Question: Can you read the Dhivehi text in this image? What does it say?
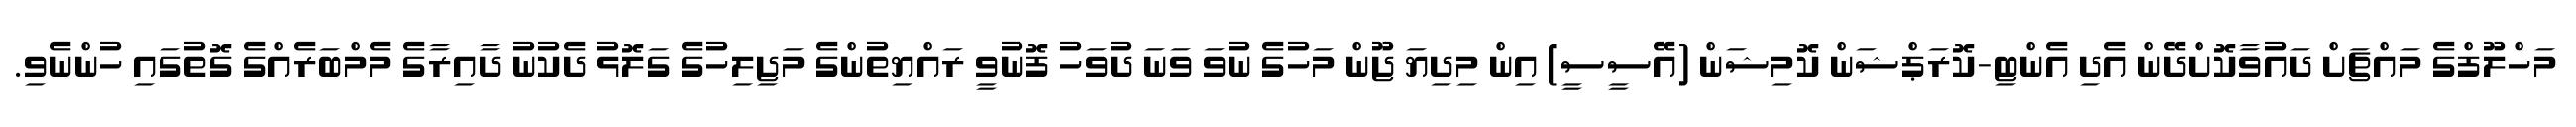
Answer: މަހްލޫފްގެ މައްޗަށް ދައުވާކޮށްދޭން އެދި އެންޓި-ކޮރަޕްޝަން ކޮމިޝަން (އޭސީސީ) އިން މިދިޔަ ޖޫން މަހުގެ ނުވަ ވަނަ ދުވަހު ފޮނުވީ ރައްޔިތުންގެ މަޖިލިހުގެ ގަލޮޅު ދެކުނު ދާއިރާގެ މެމްބަރެއްގެ ގޮތުގައި ހުންނެވި.